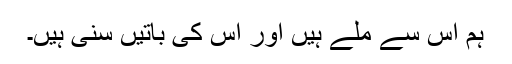
ہم اس سے ملے ہیں اور اس کی باتیں سنی ہیں۔